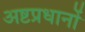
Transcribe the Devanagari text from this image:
अष्टप्रधानों